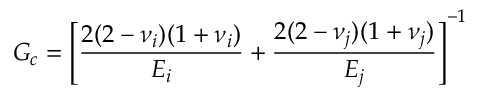
G _ { c } = \Bigg [ \frac { 2 ( 2 - \nu _ { i } ) ( 1 + \nu _ { i } ) } { E _ { i } } + \frac { 2 ( 2 - \nu _ { j } ) ( 1 + \nu _ { j } ) } { E _ { j } } \Bigg ] ^ { - 1 }